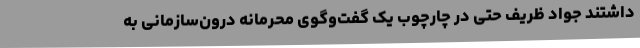
داشتند جواد ظریف حتی در چارچوب یک گفت‌وگوی محرمانهٔ درون‌سازمانی به